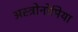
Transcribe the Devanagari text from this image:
अस्त्रोनोमिया